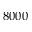
8 0 0 0